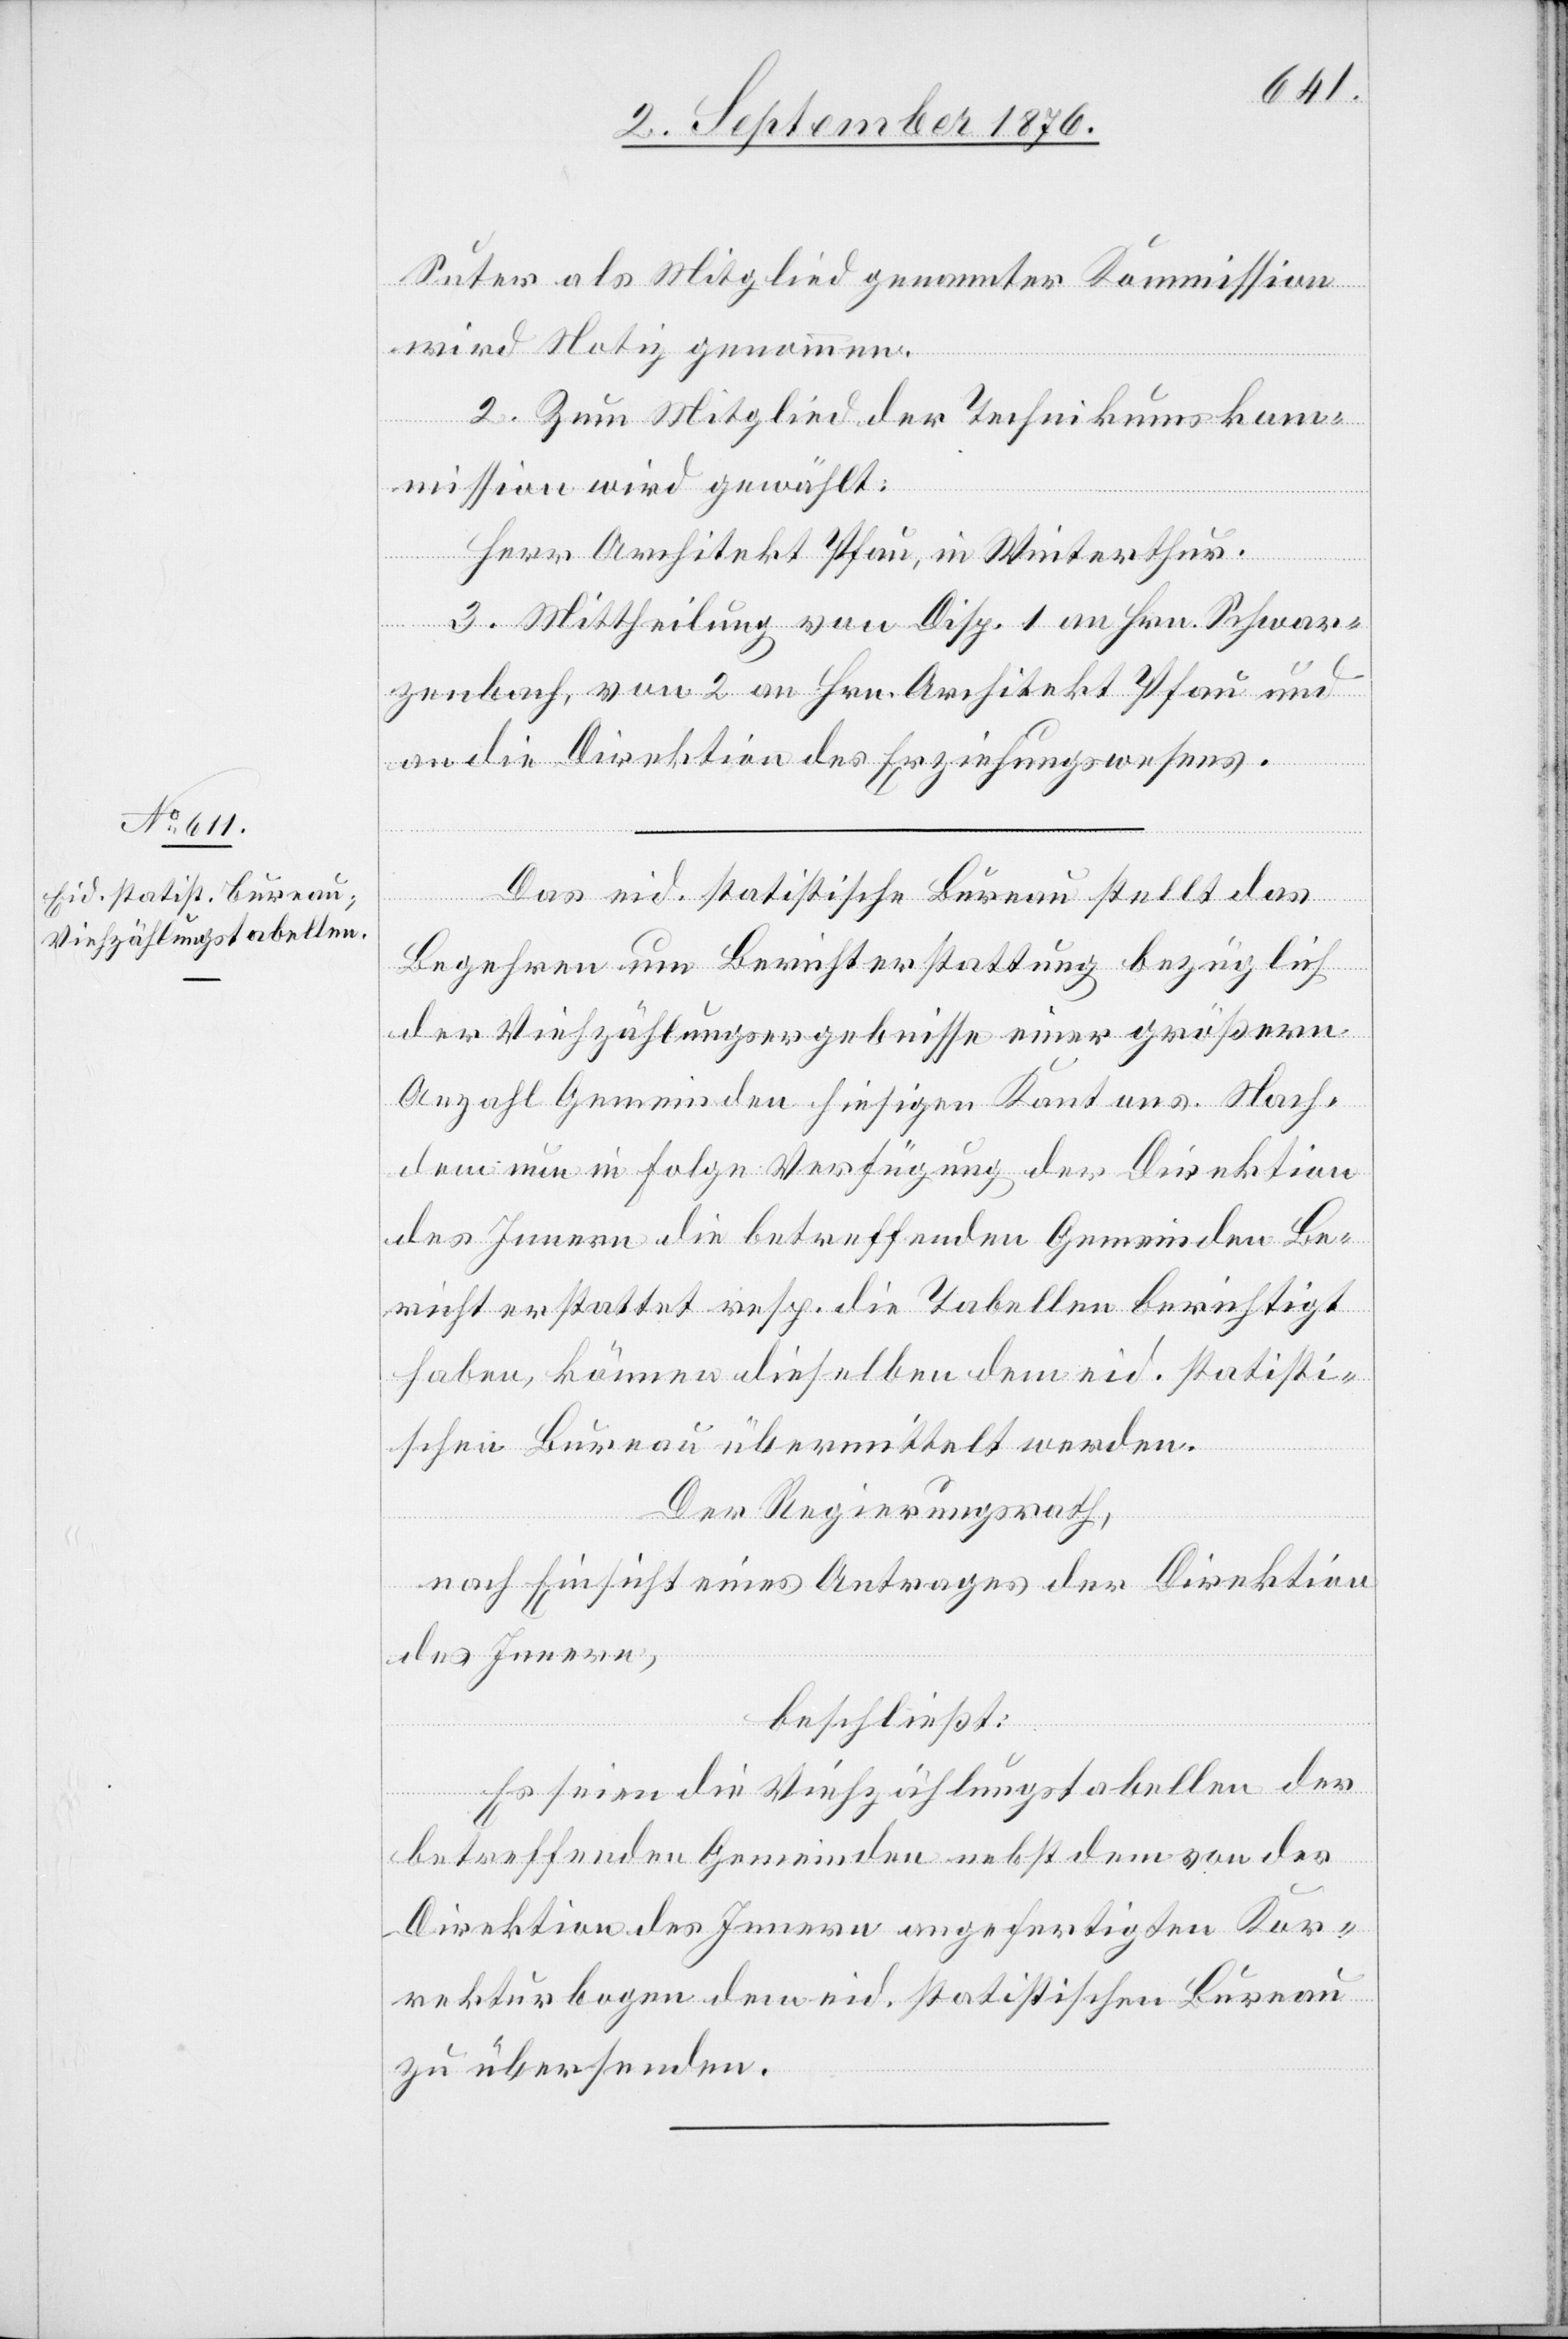
Suter als Mitglied genannter Kommission
wird Notiz genommen.
2. Zum Mitglied der Technikumskom¬
mission wird gewählt:
Herr Architekt Pfau, in Winterthur.
3. Mittheilung von Disp. 1 an Hrn. Schwar¬
zenbach, von 2 an Hrn. Architekt Pfau und
an die Direktion des Erziehungswesens.
Das eid. statistische Bureau stellt das
Begehren um Berichterstattung bezüglich
der Viehzählungsergebnisse einer größern
Anzahl Gemeinden hiesigen Kantons. Nach¬
dem nun in Folge Verfügung der Direktion
des Innern die betreffenden Gemeinden Be¬
richt erstattet resp. die Tabellen berichtigt
haben, können dieselben dem eid. statisti¬
schen Bureau übermittelt werden.
Der Regierungsrath,
nach Einsicht eines Antrages der Direktion
des Innern,
beschließt:
Es seien die Viehzählungstabellen der
betreffenden Gemeinden nebst dem von der
Direktion des Innern angefertigten Kor¬
rekturbogen dem eid. statistischen Bureau
zu übersenden.